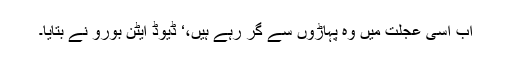
اب اسی عجلت میں وہ پہاڑوں سے گر رہے ہیں،‘ ڈیوڈ ایٹن بورو نے بتایا۔